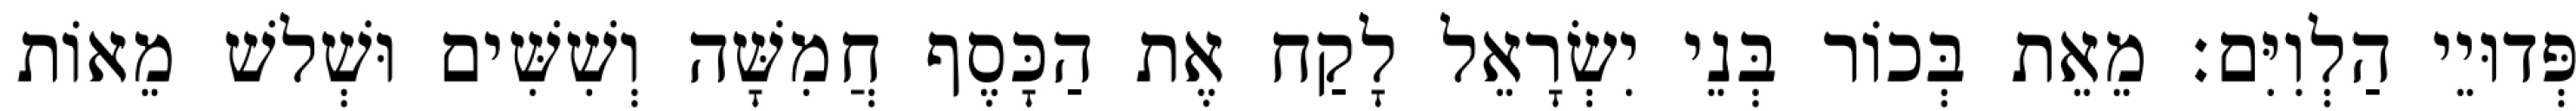
פְּדוּיֵי הַלְוִיִּם׃ מֵאֵת בְּכוֹר בְּנֵי יִשְׂרָאֵל לָקַח אֶת הַכָּסֶף חֲמִשָּׁה וְשִׁשִּׁים וּשְׁלשׁ מֵאוֹת